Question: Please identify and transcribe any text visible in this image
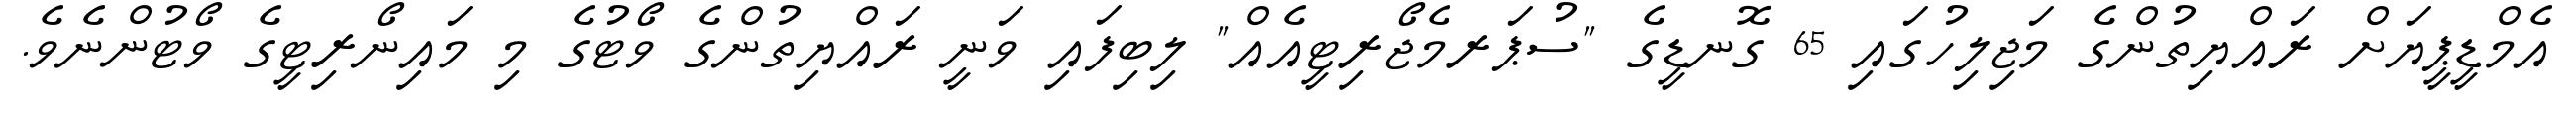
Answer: އެމްޑީޕީޔަށް ރައްޔިތުންގެ މަޖިލިހުގައި 65 ގޮނޑީގެ "ސުޕަރމެޖޯރިޓީއެއް" ލިބިފައި ވަނީ ރައްޔިތުންގެ ވޯޓުގެ މި މައިނޯރިޓީގެ ވޯޓުންނެވެ.